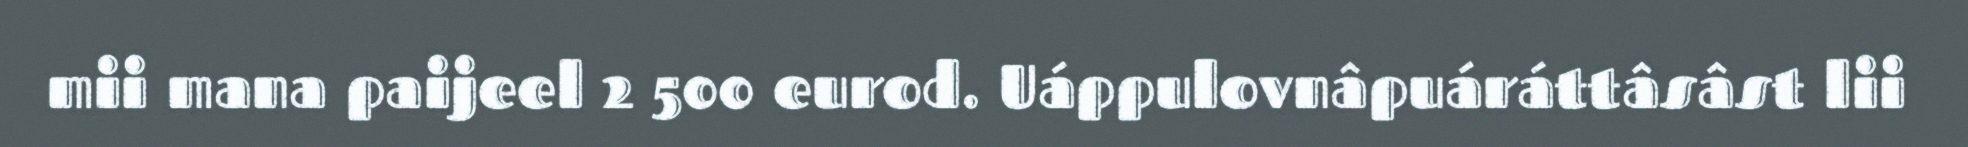
mii mana paijeel 2 500 eurod. Uáppulovnâpuáráttâsâst lii